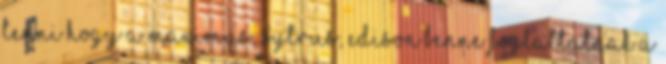
tenni hogy a Maximus, Sytrus, Edison benne foglaltatnak a